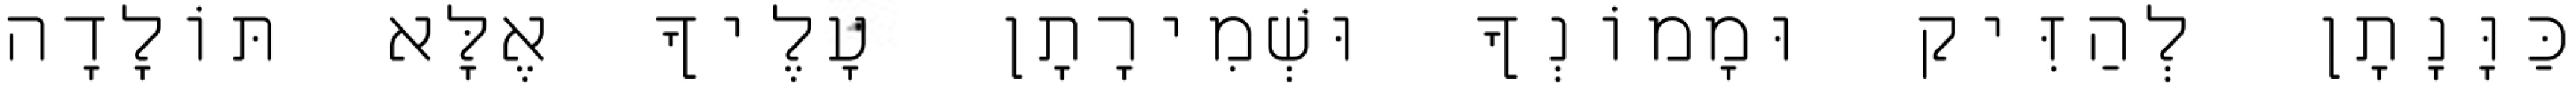
כַּוָּנָתָן לְהַזִּיק וּמָמוֹנְךָ וּשְׁמִירָתָן עָלֶיךָ אֶלָּא תּוֹלָדָה